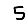
Digit: 5